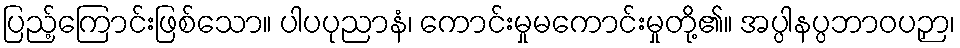
ပြည့်ကြောင်းဖြစ်သော။ ပါပပုညာနံ၊ ကောင်းမှုမကောင်းမှုတို့၏။ အပ္ပါနပ္ပဘာဝပဉှာ၊